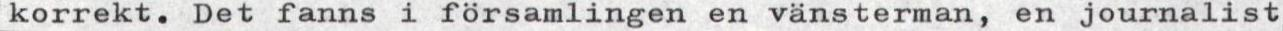
korrekt. Det fanns i församlingen en vänsterman, en journalist